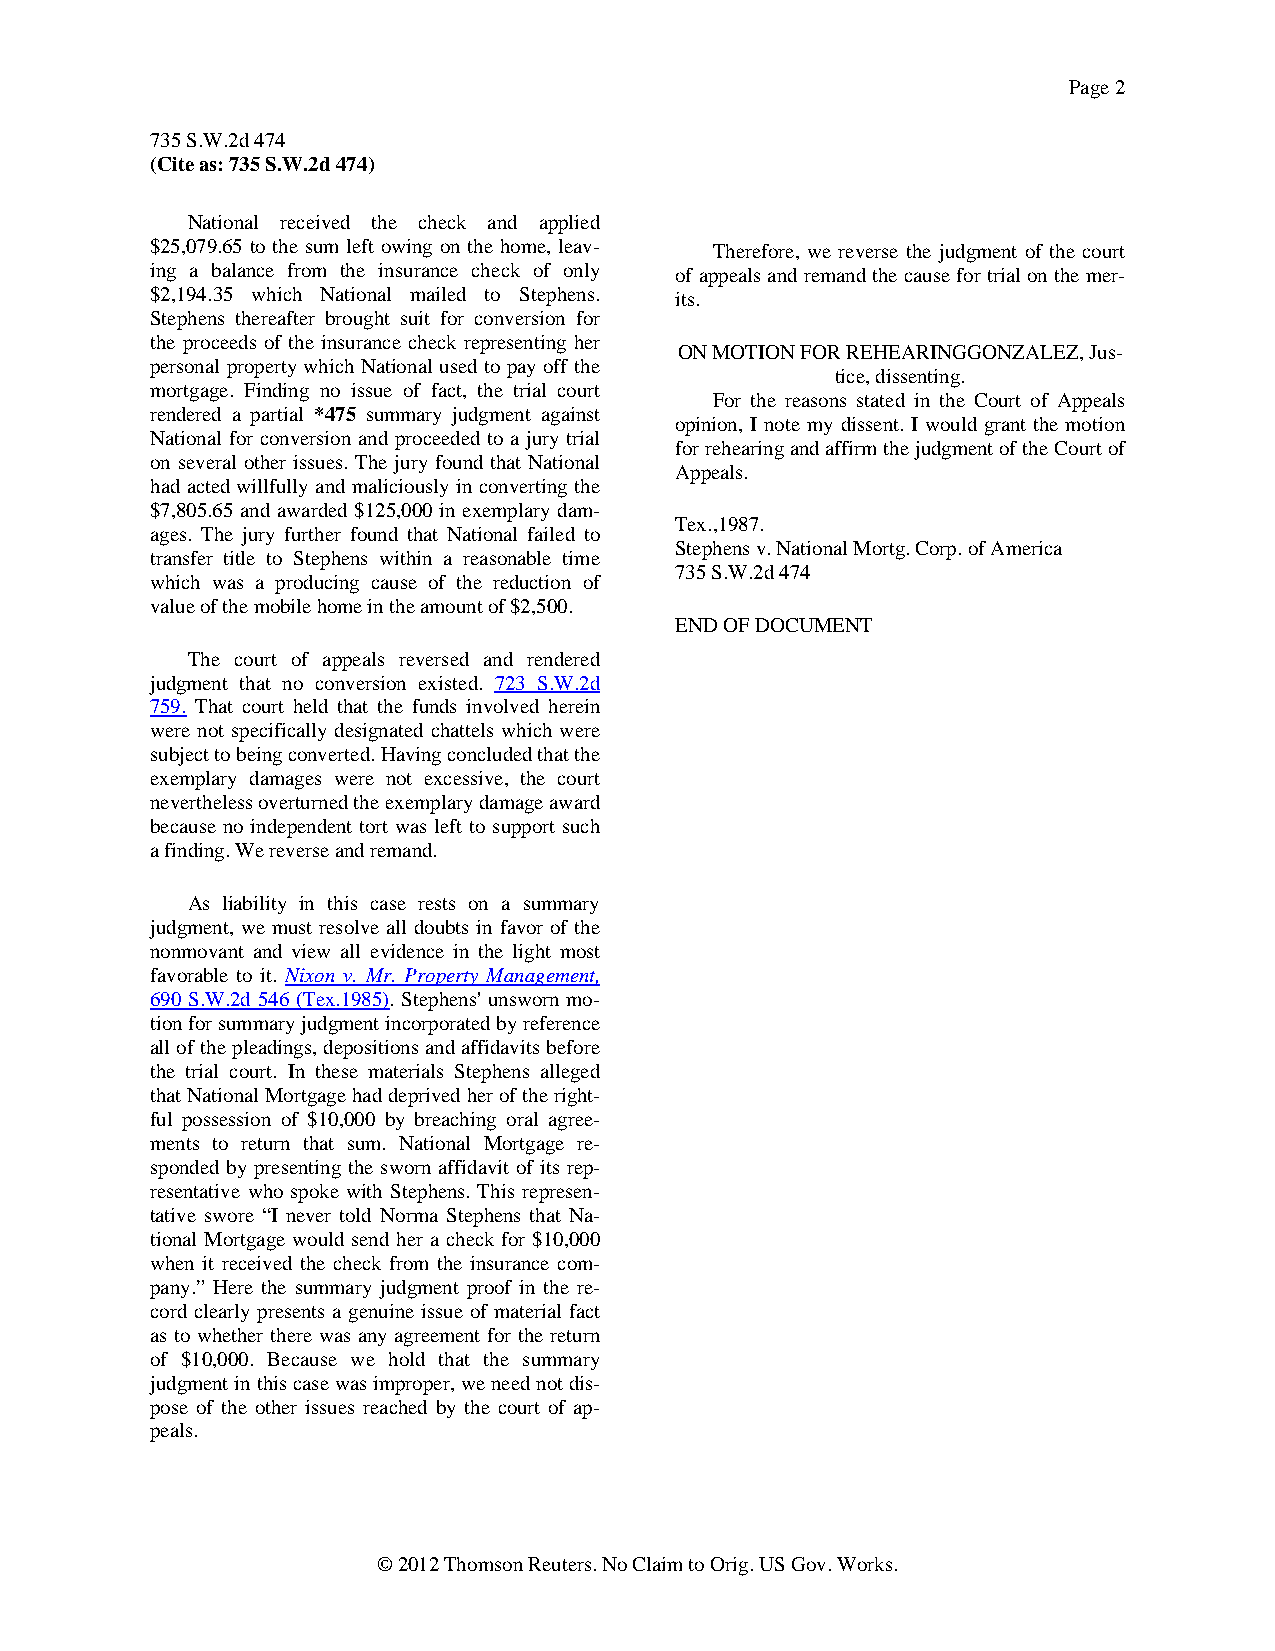
Page 2
 735 S.W.2d 474
 (Cite as: 735 S.W.2d 474)
 National received the check and applied
 $25,079.65 to the sum left owing on the home, leav- Therefore, we reverse the judgment of the court
 ing a balance from the insurance check of only of appeals and remand the cause for trial on the mer-
 $2,194.35 which National mailed to Stephens. its.
 Stephens thereafter brought suit for conversion for
 the proceeds of the insurance check representing her
 ON MOTION FOR REHEARINGGONZALEZ, Jus-
 personal property which National used to pay off the
 tice, dissenting.
 mortgage. Finding no issue of fact, the trial court
 For the reasons stated in the Court of Appeals
 rendered a partial *475 summary judgment against
 opinion, I note my dissent. I would grant the motion
 National for conversion and proceeded to a jury trial
 for rehearing and affirm the judgment of the Court of
 on several other issues. The jury found that National
 Appeals.
 had acted willfully and maliciously in converting the
 $7,805.65 and awarded $125,000 in exemplary dam-
 Tex.,1987.
 ages. The jury further found that National failed to
 Stephens v. National Mortg. Corp. of America
 transfer title to Stephens within a reasonable time
 735 S.W.2d 474
 which was a producing cause of the reduction of
 value of the mobile home in the amount of $2,500.
 END OF DOCUMENT
 The court of appeals reversed and rendered
 judgment that no conversion existed. 723 S.W.2d
 759. That court held that the funds involved herein
 were not specifically designated chattels which were
 subject to being converted. Having concluded that the
 exemplary damages were not excessive, the court
 nevertheless overturned the exemplary damage award
 because no independent tort was left to support such
 a finding. We reverse and remand.
 As liability in this case rests on a summary
 judgment, we must resolve all doubts in favor of the
 nonmovant and view all evidence in the light most
 favorable to it. Nixon v. Mr. Property Management,
 690 S.W.2d 546 (Tex.1985). Stephens' unsworn mo-
 tion for summary judgment incorporated by reference
 all of the pleadings, depositions and affidavits before
 the trial court. In these materials Stephens alleged
 that National Mortgage had deprived her of the right-
 ful possession of $10,000 by breaching oral agree-
 ments to return that sum. National Mortgage re-
 sponded by presenting the sworn affidavit of its rep-
 resentative who spoke with Stephens. This represen-
 tative swore “I never told Norma Stephens that Na-
 tional Mortgage would send her a check for $10,000
 when it received the check from the insurance com-
 pany.” Here the summary judgment proof in the re-
 cord clearly presents a genuine issue of material fact
 as to whether there was any agreement for the return
 of $10,000. Because we hold that the summary
 judgment in this case was improper, we need not dis-
 pose of the other issues reached by the court of ap-
 peals.
 © 2012 Thomson Reuters. No Claim to Orig. US Gov. Works.